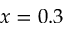
x = 0 . 3